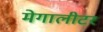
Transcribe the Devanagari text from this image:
मेगालीटर